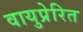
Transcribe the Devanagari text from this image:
वायुप्रेरित